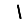
Digit: 1